Indian journal of veterinary science and animal husbandry - Volume 9,
Year: 1939
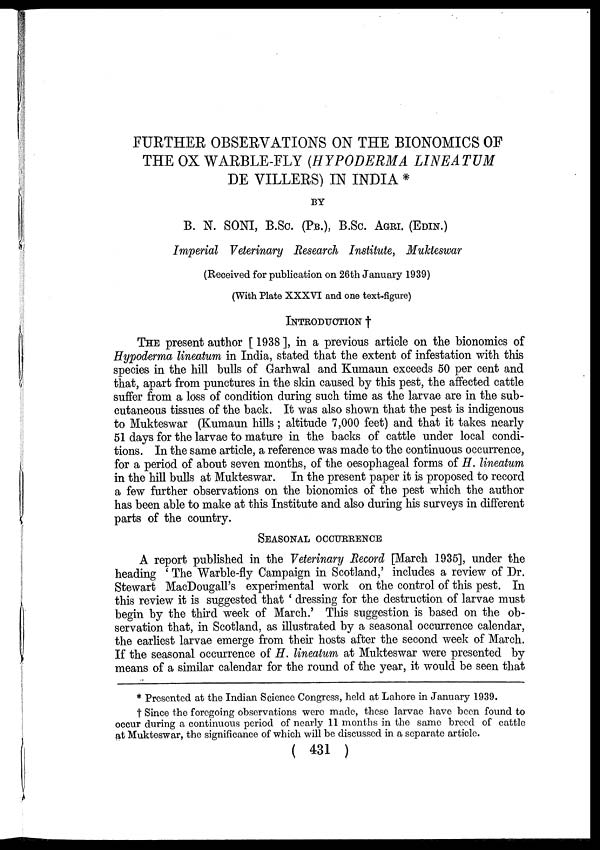
FURTHER OBSERVATIONS ON THE BIONOMICS OF
THE OX WARBLE-FLY (HYPODERMA LINEATUM
DE VILLERS) IN INDIA *
BY
B. N. SONI, B.Sc. (PB.), B.Sc. AGRI. (EDIN.)
Imperial Veterinary Research Institute, Mukteswar
(Received for publication on 26th January 1939)
(With Plate XXXVI and one text-figure)
INTRODUCTION †
THE present author [1938], in a previous article on the bionomics of
Hypoderma lineatum in India, stated that the extent of infestation with this
species in the hill bulls of Garhwal and Kumaun exceeds 50 per cent and
that, apart from punctures in the skin caused by this pest, the affected cattle
suffer from a loss of condition during such time as the larvae are in the sub-
cutaneous tissues of the back. It was also shown that the pest is indigenous
to Mukteswar (Kumaun hills ; altitude 7,000 feet) and that it takes nearly
51 days for the larvae to mature in the backs of cattle under local condi-
tions. In the same article, a reference was made to the continuous occurrence,
for a period of about seven months, of the oesophageal forms of H. lineatum
in the hill bulls at Mukteswar. In the present paper it is proposed to record
a few further observations on the bionomics of the pest which the author
has been able to make at this Institute and also during his surveys in different
parts of the country.
SEASONAL OCCURRENCE
A report published in the Veterinary Record [March 1935], under the
heading ' The Warble-fly Campaign in Scotland,' includes a review of Dr.
Stewart MacDougall's experimental work on the control of this pest. In
this review it is suggested that ' dressing for the destruction of larvae must
begin by the third week of March.' This suggestion is based on the ob-
servation that, in Scotland, as illustrated by a seasonal occurrence calendar,
the earliest larvae emerge from their hosts after the second week of March.
If the seasonal occurrence of H. lineatum at Mukteswar were presented by
means of a similar calendar for the round of the year, it would be seen that
* Presented at the Indian Science Congress, held at Lahore in January 1939.
† Since the foregoing observations were made, these larvae have been found to
occur during a continuous period of nearly 11 months in the same breed of cattle
at Mukteswar, the significance of which will be discussed in a separate article.
( 431 )